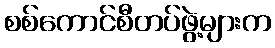
စစ်ကောင်စီတပ်ဖွဲ့များက